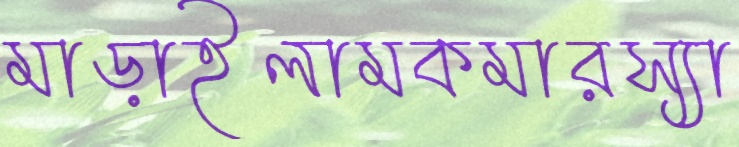
মাড়াইলামকমারস্যা